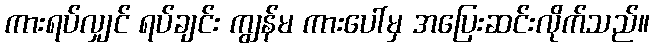
ကားရပ်လျှင် ရပ်ချင်း ကျွန်မ ကားပေါ်မှ အပြေးဆင်းလိုက်သည်။